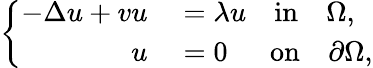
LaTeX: \left\{ \begin{array}{rl}{-\Delta u+vu}&{{}=\lambda u\quad\mathrm{in}\quad\Omega,}\\ {u}&{{}=0\quad\ \ \mathrm{on}\quad\partial\Omega,}\end{array}\right.